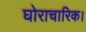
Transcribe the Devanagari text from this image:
घोराचारिक।